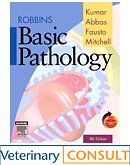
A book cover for Robbins Basic Pathology: With VETERINARY CONSULT Access, 8e (Robbins Pathology); Vinay Kumar MBBS  MD  FRCPath; Medical Books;